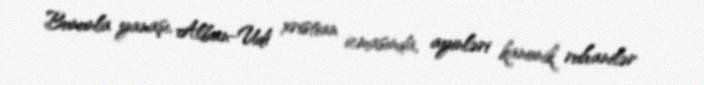
Bununla yanaşı, Alban-Udi xristian icmasında, ayinləri kanonik ruhanilər